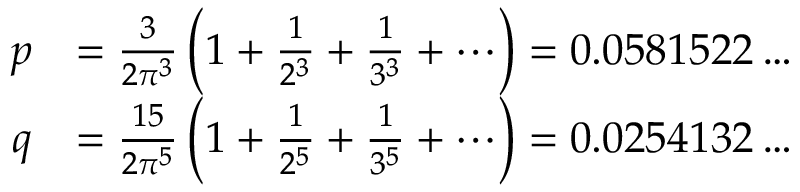
{ \begin{array} { r l } { p } & { = { \frac { 3 } { 2 \pi ^ { 3 } } } \left( 1 + { \frac { 1 } { 2 ^ { 3 } } } + { \frac { 1 } { 3 ^ { 3 } } } + \cdots \right) = 0 . 0 5 8 1 5 2 2 \ldots } \\ { q } & { = { \frac { 1 5 } { 2 \pi ^ { 5 } } } \left( 1 + { \frac { 1 } { 2 ^ { 5 } } } + { \frac { 1 } { 3 ^ { 5 } } } + \cdots \right) = 0 . 0 2 5 4 1 3 2 \ldots } \end{array} }